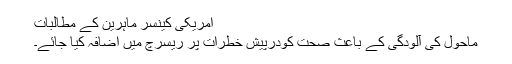
امریکی کینسر ماہرین کے مطالبات
ماحول کی آلودگی کے باعث صحت کودرپیش خطرات پر ریسرچ میں اضافہ کیا جائے۔